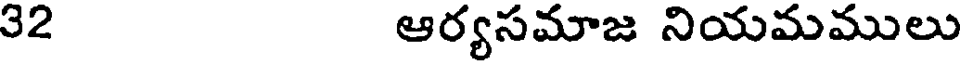
32 ఆర్యసమాజ నియమములు